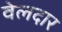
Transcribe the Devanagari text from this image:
वेलदार